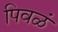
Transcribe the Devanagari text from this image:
पिवळं